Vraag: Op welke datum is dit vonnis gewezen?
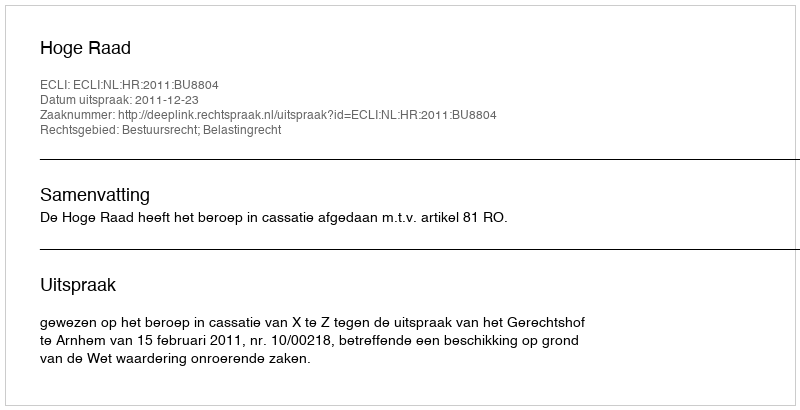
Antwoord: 2011-12-23